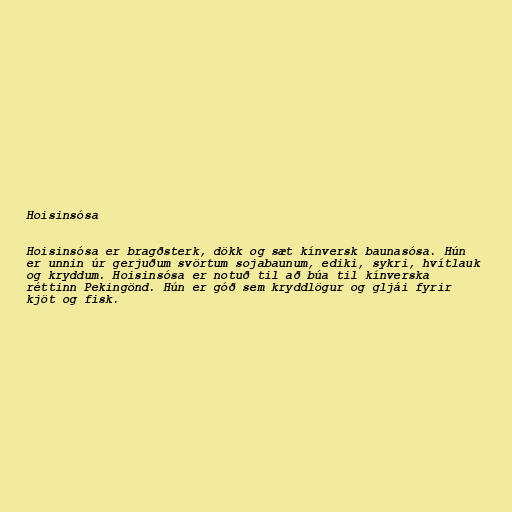
Hoisinsósa

Hoisinsósa er bragðsterk, dökk og sæt kínversk baunasósa. Hún
er unnin úr gerjuðum svörtum sojabaunum, ediki, sykri, hvítlauk
og kryddum. Hoisinsósa er notuð til að búa til kínverska
réttinn Pekingönd. Hún er góð sem kryddlögur og gljái fyrir
kjöt og fisk.